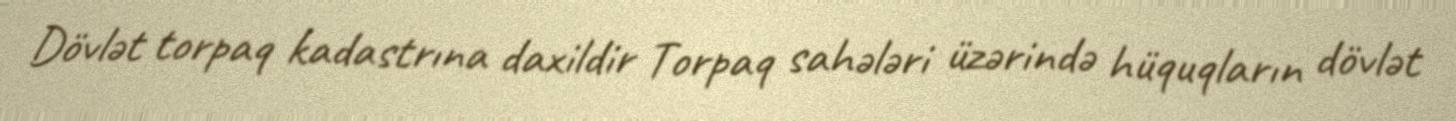
Dövlət torpaq kadastrına daxildir Torpaq sahələri üzərində hüquqların dövlət